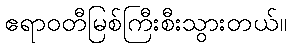
ဧရာဝတီမြစ်ကြီးစီးသွားတယ်။